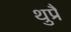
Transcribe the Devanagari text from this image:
थुप्रै